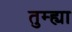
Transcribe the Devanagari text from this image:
तुम्ह्या